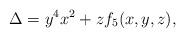
LaTeX: \begin{align*} \Delta=y^4x^2+zf_5(x,y,z),\end{align*}